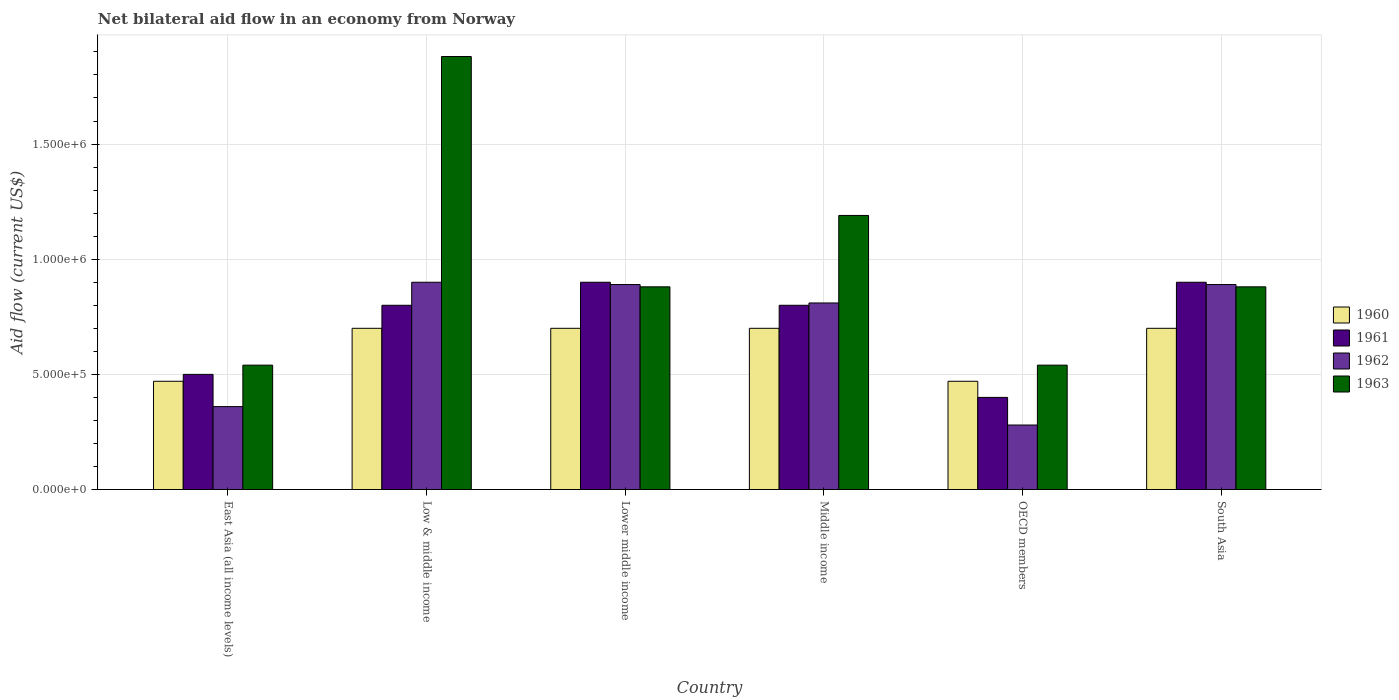
| Country | 1960 | 1961 | 1962 | 1963 |
 | --- | --- | --- | --- | --- |
 | East Asia (all income levels) | 4.7e+05 | 5e+05 | 3.6e+05 | 5.4e+05 |
 | Low & middle income | 7e+05 | 8e+05 | 9e+05 | 1.88e+06 |
 | Lower middle income | 7e+05 | 9e+05 | 8.9e+05 | 8.8e+05 |
 | Middle income | 7e+05 | 8e+05 | 8.1e+05 | 1.19e+06 |
 | OECD members | 4.7e+05 | 4e+05 | 2.8e+05 | 5.4e+05 |
 | South Asia | 7e+05 | 9e+05 | 8.9e+05 | 8.8e+05 |